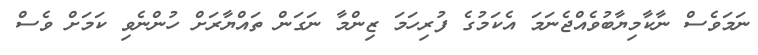
ނަމަވެސް ނާކާމިޔާބުވެއްޖެނަމަ އެކަމުގެ ފުރިހަމަ ޒިންމާ ނަގަން ތައްޔާރަށް ހުންނެވި ކަމަށް ވެސް